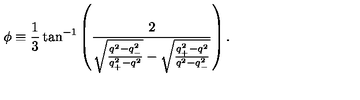
\phi \equiv \frac { 1 } { 3 } \tan ^ { - 1 } \left( \frac { 2 } { \sqrt { \frac { q ^ { 2 } - q _ { - } ^ { 2 } } { q _ { + } ^ { 2 } - q ^ { 2 } } } - \sqrt { \frac { q _ { + } ^ { 2 } - q ^ { 2 } } { q ^ { 2 } - q _ { - } ^ { 2 } } } } \right) .